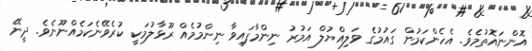
އޮންނައޮތުމެވެ. އެހެންކަމުން ގައުމުގެ ވަލިއްޔުލް އަމުރު ނިންމާފައިވާ ނިންމުމެއް ރޫޅާލުމަކީ ކުރެވޭނެކަމެއްނޫނެވެ. ދީނޭ